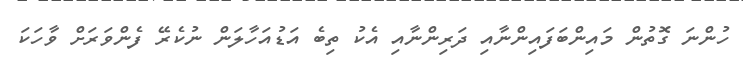
ހުންނަ ގޮތުން މައިންބަފައިންނާއި ދަރިންނާއި އެކު ތިބެ އަޑުއަހާލަން ނުކެރޭ ފެންވަރަށް ވާހަކަ